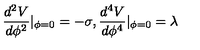
\frac { d ^ { 2 } V } { d \phi ^ { 2 } } | _ { \phi = 0 } = - \sigma , \frac { d ^ { 4 } V } { d \phi ^ { 4 } } | _ { \phi = 0 } = \lambda